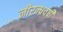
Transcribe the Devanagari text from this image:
नीरन्ध्रवर्षी